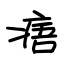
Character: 痦